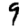
Digit: 9